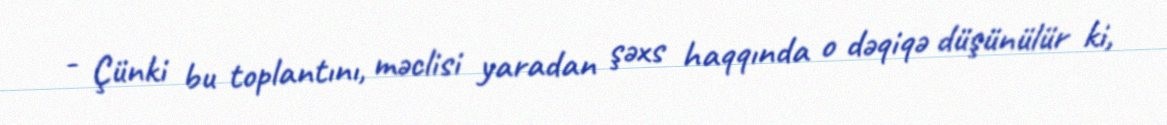
- Çünki bu toplantını, məclisi yaradan şəxs haqqında o dəqiqə düşünülür ki,